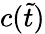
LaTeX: c(\tilde{t})